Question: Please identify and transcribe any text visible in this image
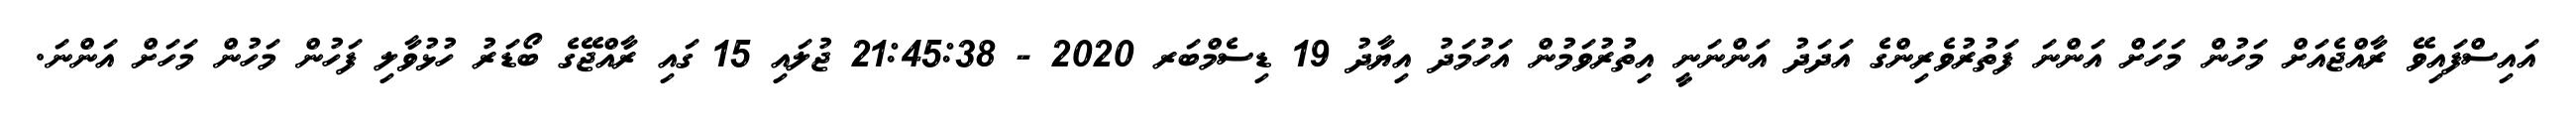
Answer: އައިސްފައިވޭ ރާއްޖެއަށް މަހުން މަހަށް އަންނަ ފަތުރުވެރިންގެ އަދަދު އަންނަނީ އިތުރުވަމުން އަހުމަދު އިޔާދު 19 ޑިސެމްބަރ 2020 - 21:45:38 ޖުލައި 15 ގައި ރާއްޖޭގެ ބޯޑަރު ހުޅުވާލި ފަހުން މަހުން މަހަށް އަންނަ.